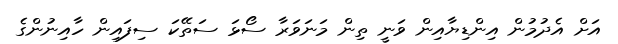
އަށް އެދުމުން އިންޑިޔާއިން ވަނީ ތިން މަނަވަރާ ސޯޅަ ސަތޭކަ ސިފައިން ހާއިނުންގެ